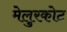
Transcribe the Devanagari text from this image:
मेलुरकोट